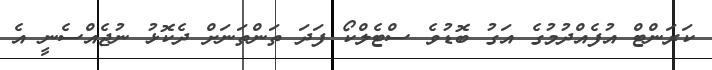
ކަރަންޓް އުފެއްދުމުގެ އަގު ބޮޑުވެ ސްޓެލްކޯ ފަދަ ތަންތަނަށް ދެކޮޅު ނުޖެއްސެނީ އެ